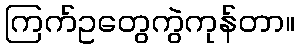
ကြက်ဥတွေကွဲကုန်တာ။